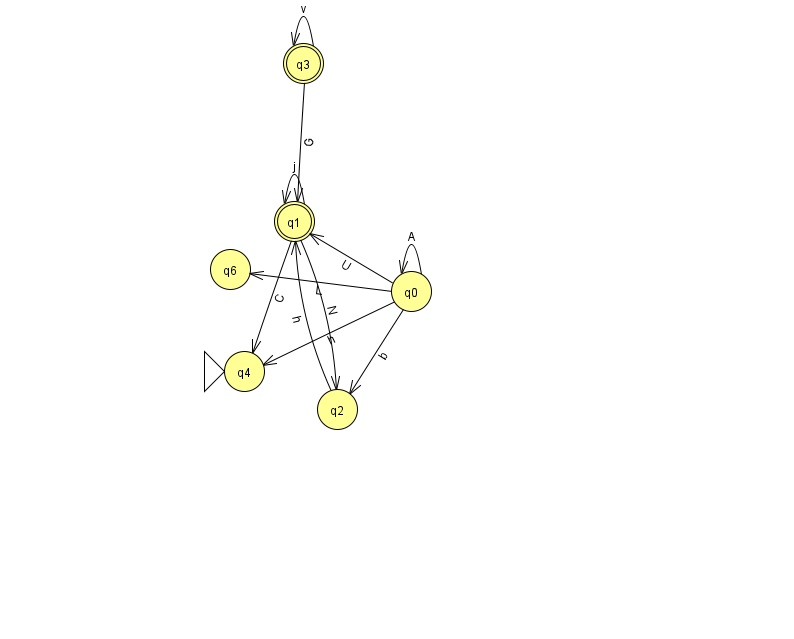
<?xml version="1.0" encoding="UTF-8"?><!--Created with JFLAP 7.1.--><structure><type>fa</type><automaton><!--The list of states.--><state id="0" name="q0"><x>411.0</x><y>278.0</y></state><state id="1" name="q1"><x>294.0</x><y>208.0</y><final/></state><state id="2" name="q2"><x>337.0</x><y>396.0</y></state><state id="3" name="q3"><x>303.0</x><y>50.0</y><final/></state><state id="4" name="q4"><x>244.0</x><y>358.0</y><initial/></state><state id="6" name="q6"><x>230.0</x><y>256.0</y></state><!--The list of transitions.--><transition><from>0</from><to>6</to><read>L</read></transition><transition><from>0</from><to>0</to><read>A</read></transition><transition><from>0</from><to>2</to><read>b</read></transition><transition><from>2</from><to>1</to><read>h</read></transition><transition><from>3</from><to>3</to><read>v</read></transition><transition><from>1</from><to>2</to><read>N</read></transition><transition><from>0</from><to>4</to><read>h</read></transition><transition><from>1</from><to>1</to><read>j</read></transition><transition><from>3</from><to>1</to><read>G</read></transition><transition><from>1</from><to>4</to><read>C</read></transition><transition><from>0</from><to>1</to><read>U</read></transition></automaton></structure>